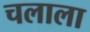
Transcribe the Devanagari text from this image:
चलाला